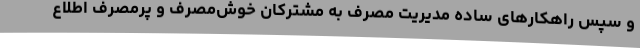
و سپس راهکارهای ساده مدیریت مصرف به مشترکان خوش‌مصرف و پرمصرف اطلاع